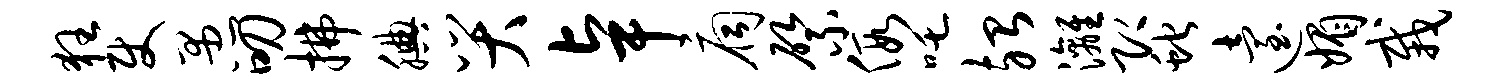
狂使愚叨拂腆哭卓扃綮假吒殆漓即蛇迨媚栽